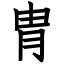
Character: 胄